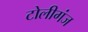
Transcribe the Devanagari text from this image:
टोलीगंज